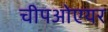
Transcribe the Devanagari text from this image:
चीपओएयर